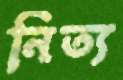
নিত্য